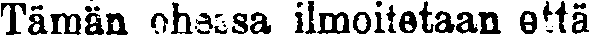
Tämän ohessa ilmoitetaan että